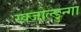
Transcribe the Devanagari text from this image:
स्क्जोल्डुन्गा